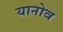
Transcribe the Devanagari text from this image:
यानोव